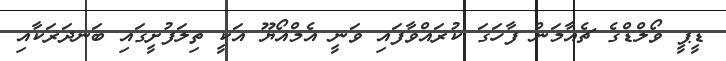
ޑީޕީ ވޯލްޑްގެ ޗެއާމަން ފާހަގަ ކުރައްވާފައި ވަނީ އެމްއޯޔޫ އަކީ ތިލަފުށީގައި ބަނދަރަކާއި